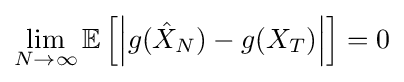
\lim _{N\to \infty }\mathbb {E} \left[\left|g({\hat {X}}_{N})-g(X_{T})\right|\right]=0